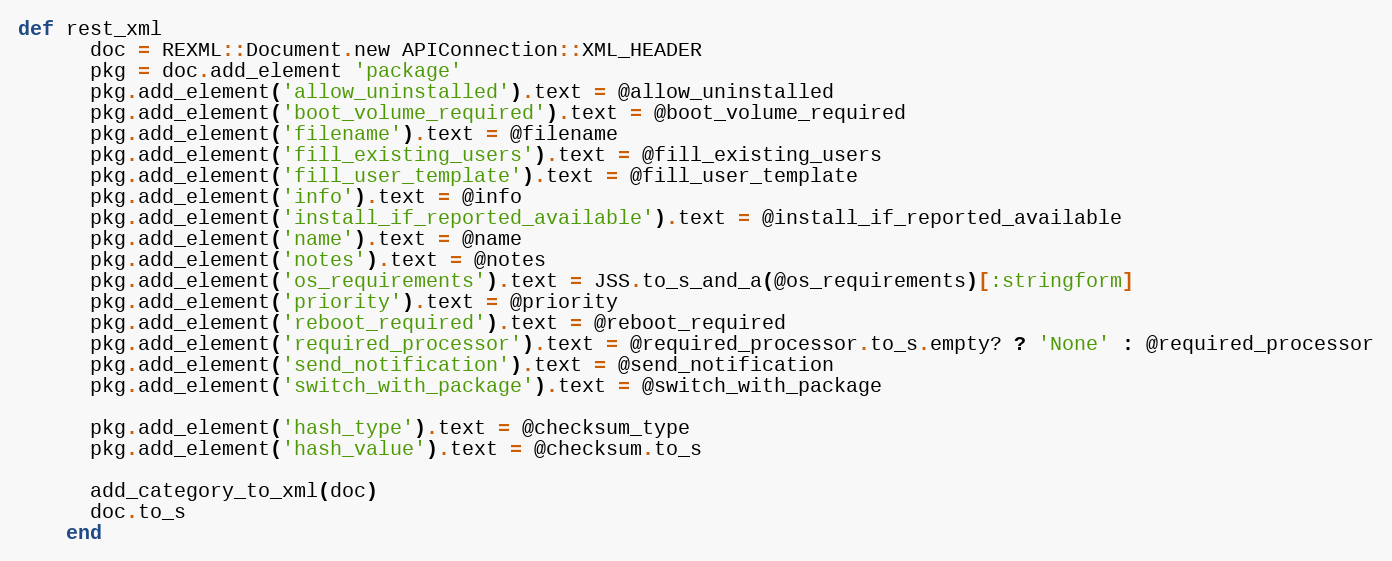
Language: Ruby
def rest_xml
      doc = REXML::Document.new APIConnection::XML_HEADER
      pkg = doc.add_element 'package'
      pkg.add_element('allow_uninstalled').text = @allow_uninstalled
      pkg.add_element('boot_volume_required').text = @boot_volume_required
      pkg.add_element('filename').text = @filename
      pkg.add_element('fill_existing_users').text = @fill_existing_users
      pkg.add_element('fill_user_template').text = @fill_user_template
      pkg.add_element('info').text = @info
      pkg.add_element('install_if_reported_available').text = @install_if_reported_available
      pkg.add_element('name').text = @name
      pkg.add_element('notes').text = @notes
      pkg.add_element('os_requirements').text = JSS.to_s_and_a(@os_requirements)[:stringform]
      pkg.add_element('priority').text = @priority
      pkg.add_element('reboot_required').text = @reboot_required
      pkg.add_element('required_processor').text = @required_processor.to_s.empty? ? 'None' : @required_processor
      pkg.add_element('send_notification').text = @send_notification
      pkg.add_element('switch_with_package').text = @switch_with_package

      pkg.add_element('hash_type').text = @checksum_type
      pkg.add_element('hash_value').text = @checksum.to_s

      add_category_to_xml(doc)
      doc.to_s
    end